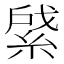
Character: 䋯